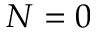
N = 0